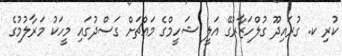
ކުރި ކ. ގުރައިދޫ ގުލްހަޒާރުގޭ އަލީ ޝަހީމްގެ މައްޗަށް ގަސްދުގައި މީހަކު މަރާލުމުގެ